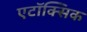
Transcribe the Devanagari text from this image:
एटॉक्सिक